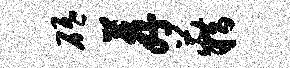
砥荐籍